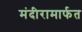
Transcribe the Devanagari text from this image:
मंदीरामार्फत